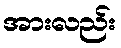
အားလည်း